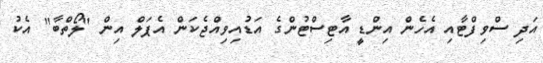
އަދި ސްވިފްޓާއި އެހެން އިންޑީ އާޓިސްޓުންގެ އަޑުއިވިއްޖެކަން އެޕަލް އިން "ލޯތްބާ" އެކު